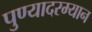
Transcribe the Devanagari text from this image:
पुण्यादरम्यान